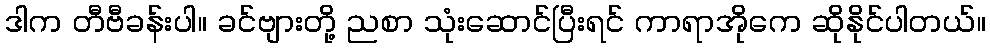
ဒါက တီဗီခန်းပါ။ ခင်ဗျားတို့ ညစာ သုံးဆောင်ပြီးရင် ကာရာအိုကေ ဆိုနိုင်ပါတယ်။